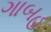
ગાબહ